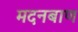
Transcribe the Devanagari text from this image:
मदनबाण